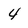
Character: 4